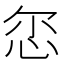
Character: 𢘞